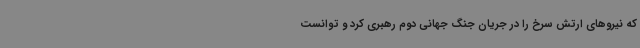
که نیروهای ارتش سرخ را در جریان جنگ جهانی دوم رهبری کرد و توانست